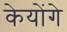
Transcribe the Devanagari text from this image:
केयोंगे